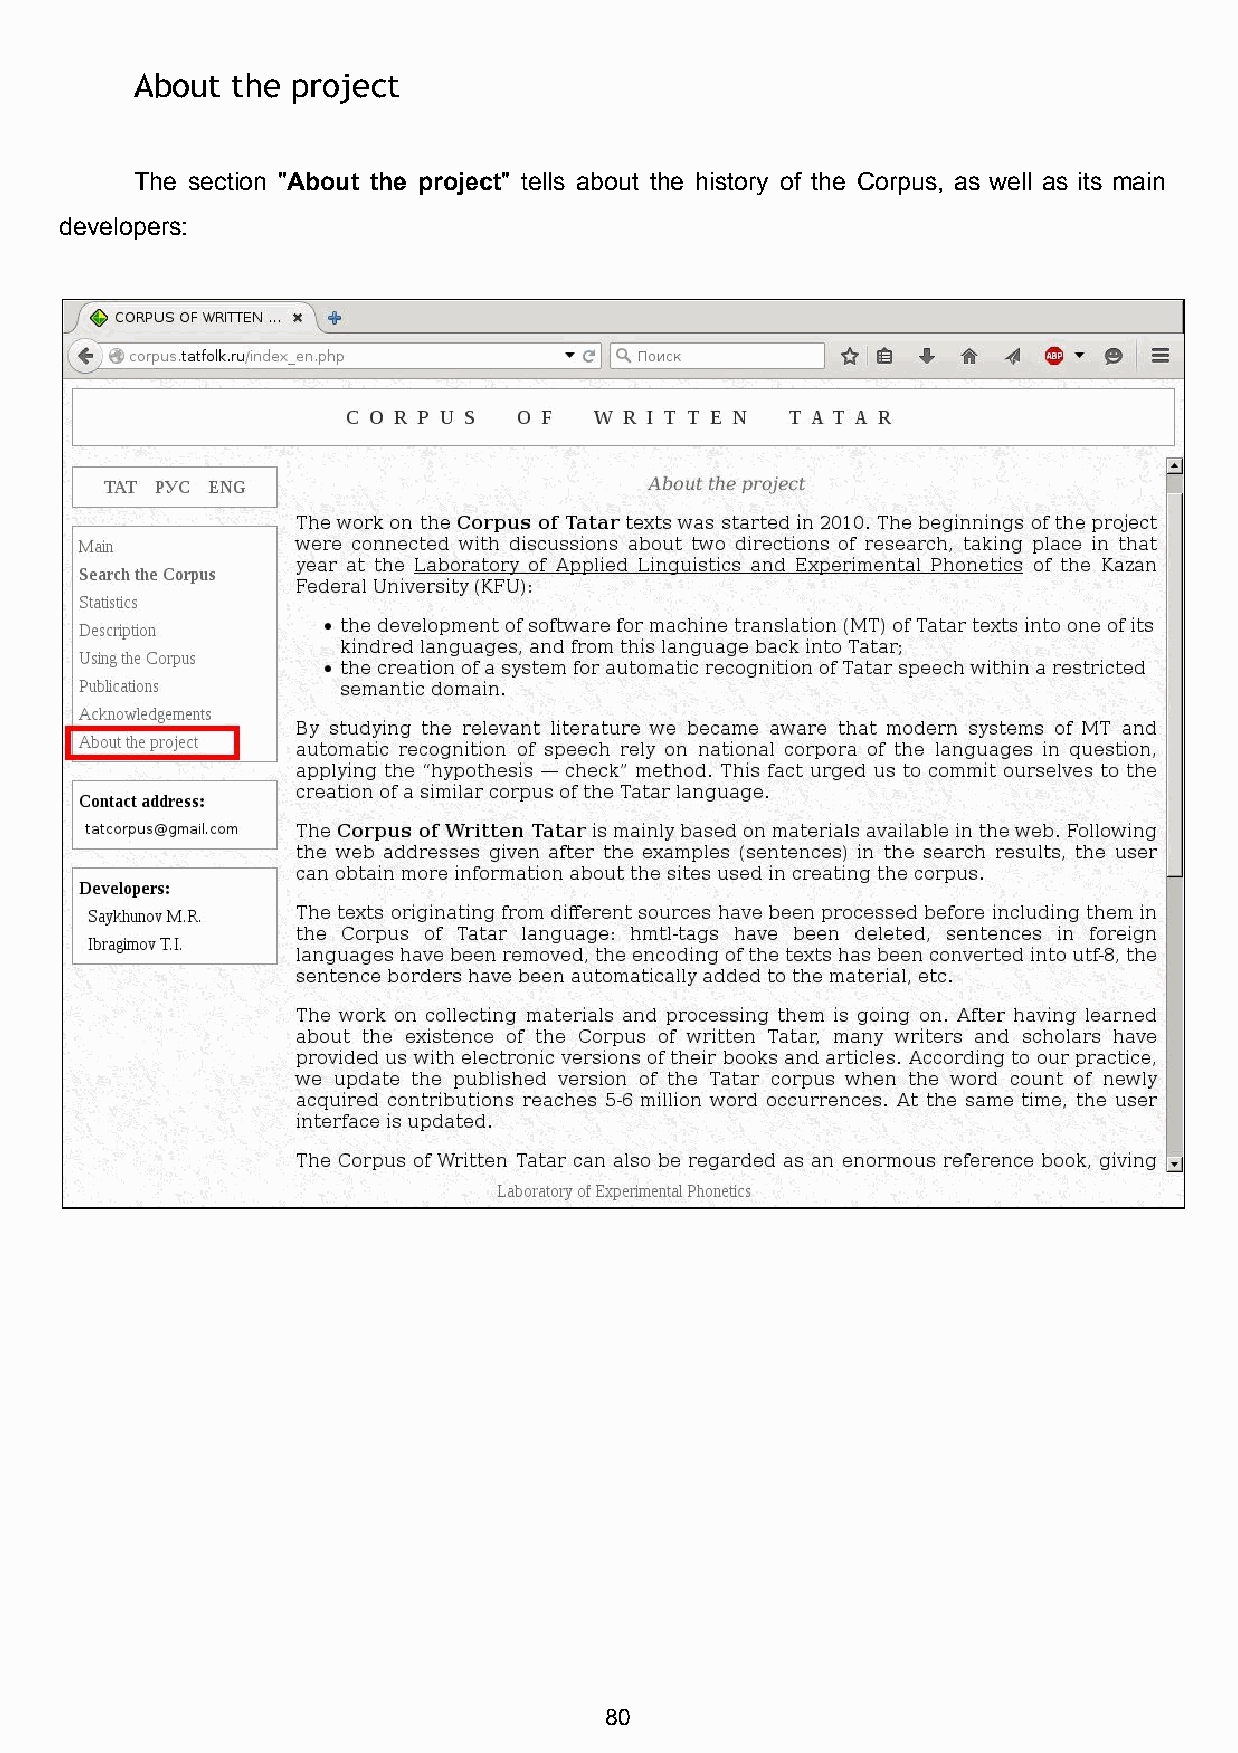
About the project
 The section "About the project" tells about the history of the Corpus, as well as its main
 ​             ​
 developers:
 80